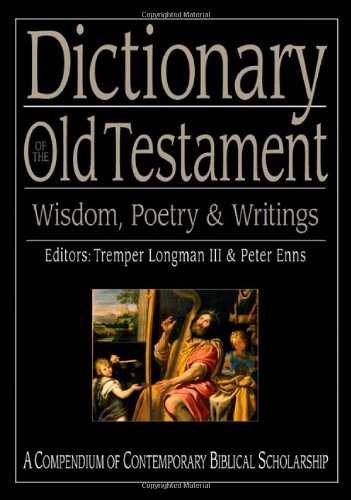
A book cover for Dictionary of the Old Testament: Wisdom, Poetry & Writings (The IVP Bible Dictionary Series); Christian Books & Bibles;